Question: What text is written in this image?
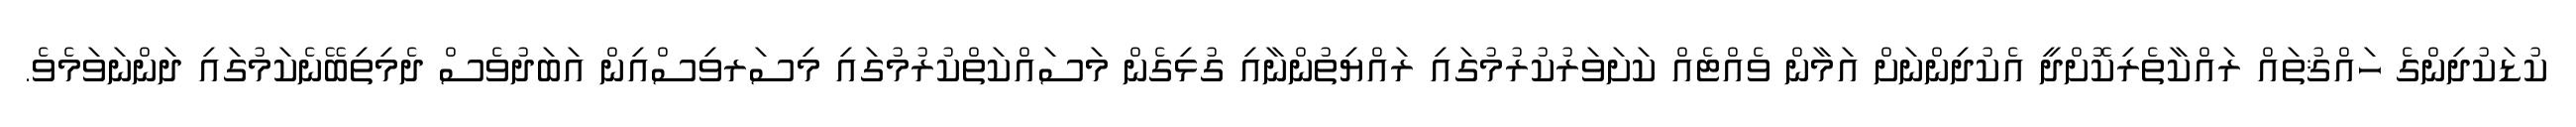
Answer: ކުޑަކުދިންގެ ހައްޤުތައް ރައްކާތެރިކޮށްދީ އެކުދިންނަށް އަމާން ވެއްޓެއް ކަށަވަރުކުރުމުގައި ރައްޔިތުންނާއި ގުޅިގެން މަސައްކަތްކުރުމުގައި މިސަރވިސްއިން އަބަދުވެސް ދެމިތިބޭނެކަމުގައި ދަންނަވަމެވެ.